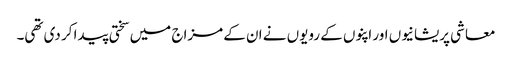
معاشی پریشانیوں اور اپنوں کے رویوں نے ان کے مزاج میں سختی پیدا کر دی تھی۔